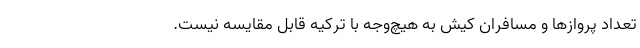
تعداد پروازها و مسافران کیش به هیچ‌وجه با ترکیه قابل مقایسه نیست.